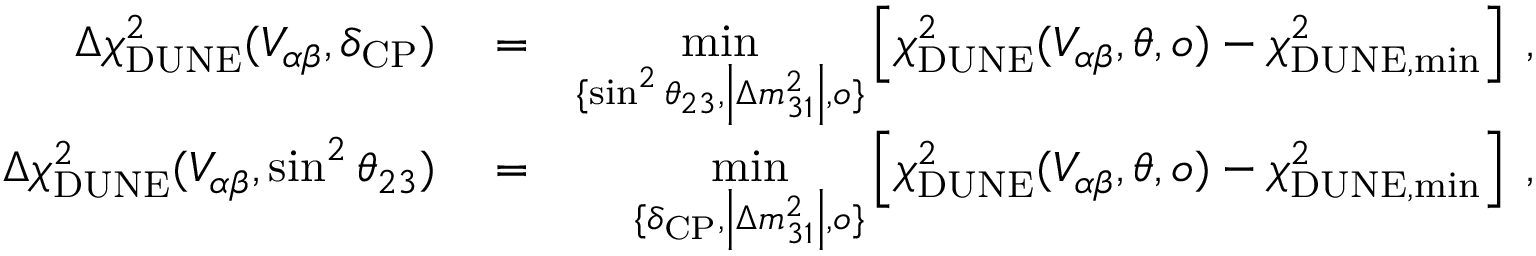
\begin{array} { r l r } { \Delta \chi _ { \mathrm { D U N E } } ^ { 2 } ( V _ { \alpha \beta } , \delta _ { \mathrm { C P } } ) } & { { } = } & { \underset { \{ \sin ^ { 2 } \theta _ { 2 3 } , \left\vert \Delta m _ { 3 1 } ^ { 2 } \right\vert , o \} } { \mathrm { m i n } } \left[ \chi _ { \mathrm { D U N E } } ^ { 2 } ( V _ { \alpha \beta } , \boldsymbol { \theta } , o ) - \chi _ { \mathrm { D U N E , m i n } } ^ { 2 } \right] \; , } \\ { \Delta \chi _ { \mathrm { D U N E } } ^ { 2 } ( V _ { \alpha \beta } , \sin ^ { 2 } \theta _ { 2 3 } ) } & { { } = } & { \underset { \{ \delta _ { \mathrm { C P } } , \left\vert \Delta m _ { 3 1 } ^ { 2 } \right\vert , o \} } { \mathrm { m i n } } \left[ \chi _ { \mathrm { D U N E } } ^ { 2 } ( V _ { \alpha \beta } , \boldsymbol { \theta } , o ) - \chi _ { \mathrm { D U N E , m i n } } ^ { 2 } \right] \; , } \end{array}